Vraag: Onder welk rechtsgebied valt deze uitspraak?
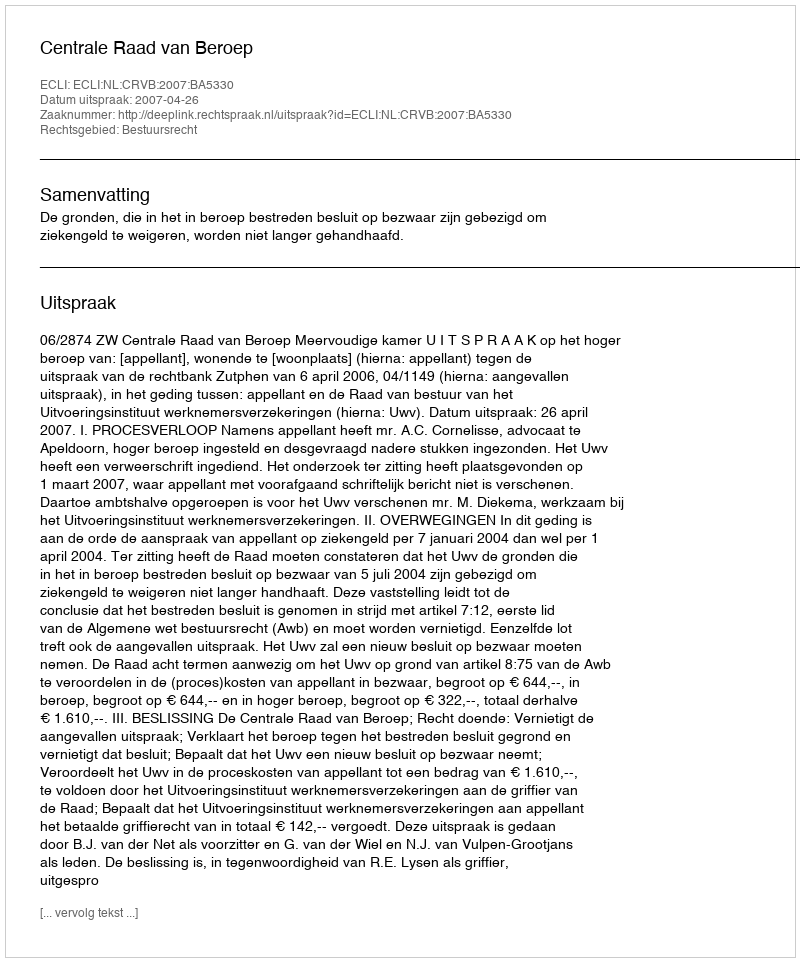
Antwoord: Bestuursrecht